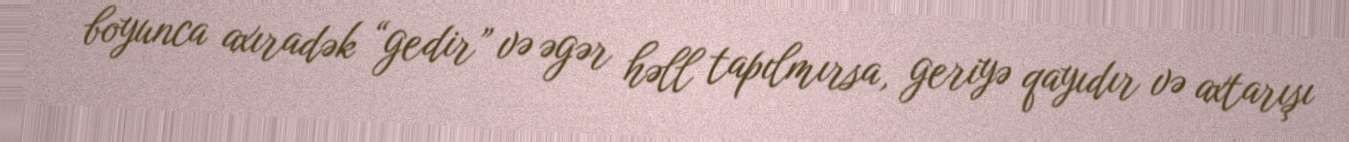
boyunca axıradək “gedir” və əgər həll tapılmırsa, geriyə qayıdır və axtarışı